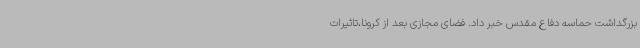
بزرگداشت حماسه دفاع مقدس خبر داد. فضای مجازی بعد از کرونا،تاثیرات